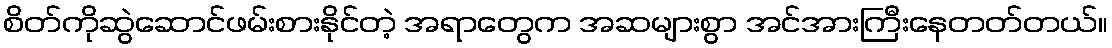
စိတ်ကိုဆွဲဆောင်ဖမ်းစားနိုင်တဲ့ အရာတွေက အဆများစွာ အင်အားကြီးနေတတ်တယ်။